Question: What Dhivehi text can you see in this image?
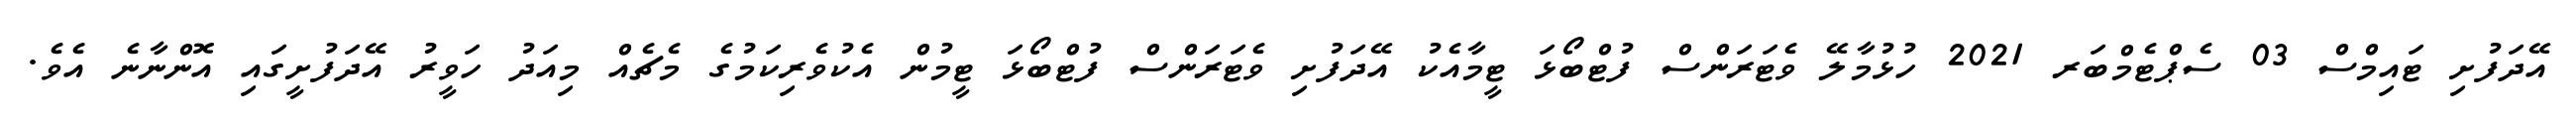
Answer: އޭދަފުށި ޓައިމްސް 03 ސެޕްޓެމްބަރ 2021 ހުޅުމާލޭ ވެޓަރަންސް ފުޓްބޯޅަ ޓީމާއެކު އޭދަފުށި ވެޓަރަންސް ފުޓްބޯޅަ ޓީމުން އެކުވެރިކަމުގެ މެޗެއް މިއަދު ހަވީރު އޭދަފުށީގައި އޮންނާނެ އެވެ.